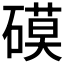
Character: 𥕓